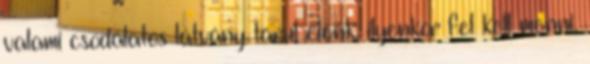
valami csodálatos látvány tárul elénk, ilyenkor fel kell menni,